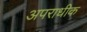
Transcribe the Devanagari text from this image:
अपराधीक